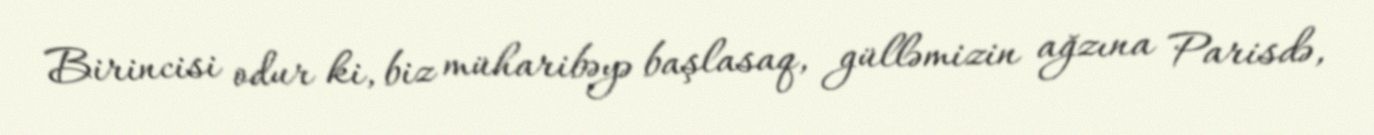
Birincisi odur ki, biz müharibəyə başlasaq, gülləmizin ağzına Parisdə,